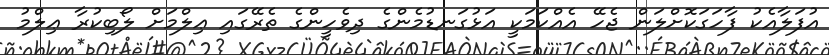
އުފަލާއެކު ފާހަގަކޮށްލަން ޖެހޭ އެއްކަމަކީ އަޅުގަނޑުމެންގެ ދިވެހީންގެ ތެރޭގައި ޢިލްމަށް ލޯބިކުރާ ޢިލްމު